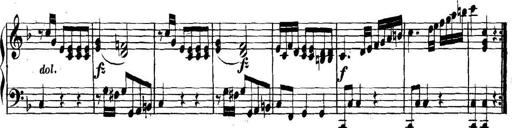
Title: Collected Piano Sonatas
Composer: Muzio Clementi